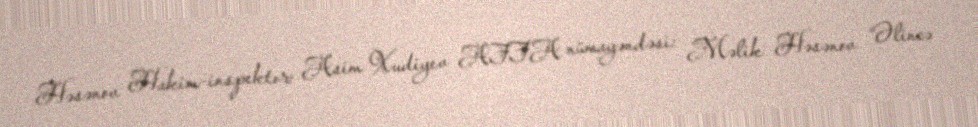
Həsənov Hakim-inspektor: Asim Xudiyev AFFA nümayəndəsi: Məlik Həsənov “Əlincə